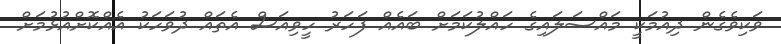
ވަކިވެގެން ދިއުމަކީ މައްސަލައިގެ ހައްލުކަމަށް ބައެއް ފަހަރު ހީވިއަސް އެތައް ދުވަހަކު އެއްކޮށްއުޅުމަށް